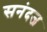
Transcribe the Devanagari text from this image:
सनंदज